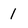
Character: I